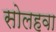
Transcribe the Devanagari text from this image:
सोलहवा